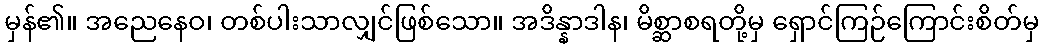
မှန်၏။ အညေနေဝ၊ တစ်ပါးသာလျှင်ဖြစ်သော။ အဒိန္နာဒါန၊ မိစ္ဆာစရတို့မှ ရှောင်ကြဉ်ကြောင်းစိတ်မှ